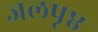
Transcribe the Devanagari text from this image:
जलपृष्ठ